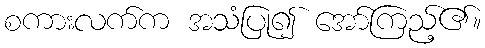
စကားလက်က အသံပြု၍ အော်ကြည့်၏။